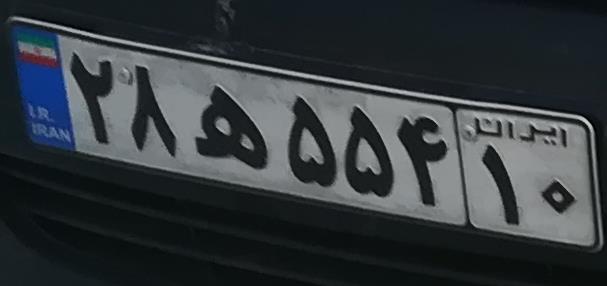
۲۸ه۵۵۴۱۰